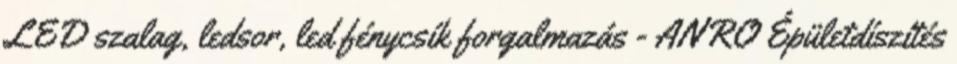
LED szalag, ledsor, led fénycsík forgalmazás - ANRO Épületdíszítés